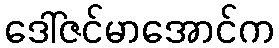
ဒေါ်ဇင်မာအောင်က